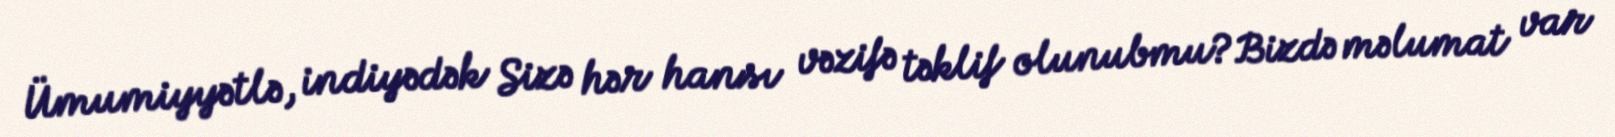
Ümumiyyətlə, indiyədək Sizə hər hansı vəzifə təklif olunubmu?Bizdə məlumat var